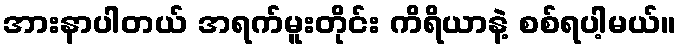
အားနာပါတယ် အရက်မူးတိုင်း ကိရိယာနဲ့ စစ်ရပါ့မယ်။